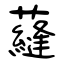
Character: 蘕